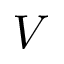
V